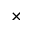
\times